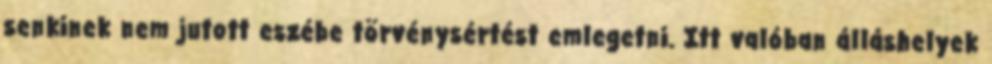
senkinek nem jutott eszébe törvénysértést emlegetni. Itt valóban álláshelyek